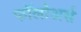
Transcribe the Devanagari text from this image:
फॉलोअर्स